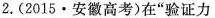
2. (2015·安徽高考) 在”验证力